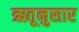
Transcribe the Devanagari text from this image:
ऋतूनुसार